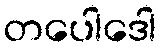
တပေါဒေါ